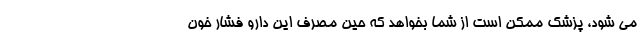
می شود، پزشک ممکن است از شما بخواهد که حین مصرف این دارو فشار خون